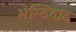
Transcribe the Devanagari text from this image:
भेम्दिदाद